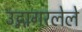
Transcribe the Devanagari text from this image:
उद्गागरलेले